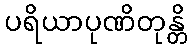
ပရိယာပုဏိတုန္တိ